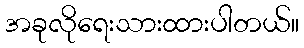
အခုလိုရေးသားထားပါတယ်။